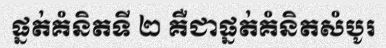
ផ្នត់គំនិតទី ២ គឺជាផ្នត់គំនិតសំបូរ